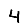
Digit: 4